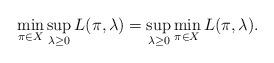
LaTeX: \begin{align*}\min_{\pi \in X}\sup_{\lambda \geq 0} L(\pi,\lambda)=\sup_{\lambda \geq 0 }\min_{\pi \in X} L(\pi,\lambda).\end{align*}